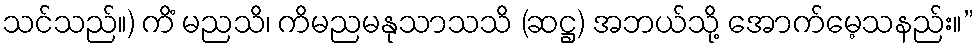
သင်သည်။) ကိံ မညသိ၊ ကိမညမနုသာသသိ (ဆဋ္ဌ) အဘယ်သို့ အောက်မေ့သနည်း။”